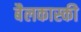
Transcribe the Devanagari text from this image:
बैलकास्की